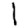
Digit: 1